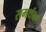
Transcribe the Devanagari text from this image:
समर्थकां